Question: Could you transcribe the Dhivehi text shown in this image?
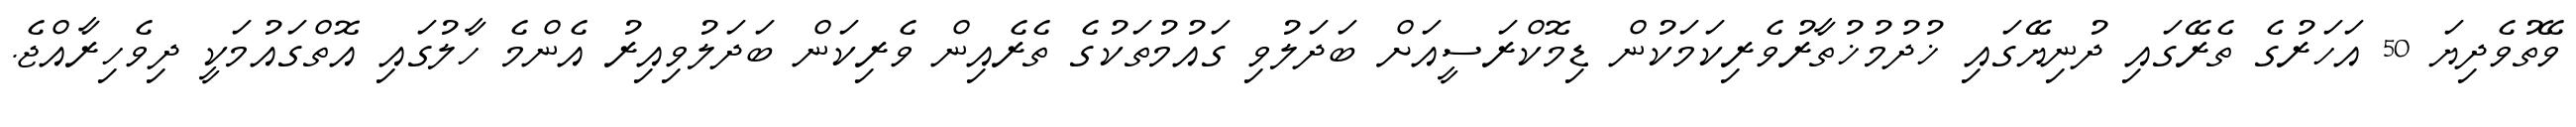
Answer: ވޭތުވެދިޔަ 50 އަހަރުގެ ތެރޭގައި ދުނިޔޭގައި ޚުދުމުޚުތާރުވެރިކަމަކުން ޑިމޮކްރަސީއަށް ބަދަލުވި ގައުމުތަކުގެ ތެރެއިން ވެރިކަން ބަދަލުވިއިރު އެންމެ ހާލުގައި އޮތްގައުމަކީ ދިވެހިރާއްޖެ.